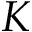
K